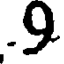
.9